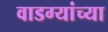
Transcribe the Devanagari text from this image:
वाडग्यांच्या